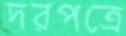
দরপত্রে